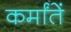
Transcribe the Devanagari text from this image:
कर्मांतें